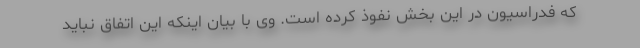
که فدراسیون در این بخش نفوذ کرده است. وی با بیان اینکه این اتفاق نباید